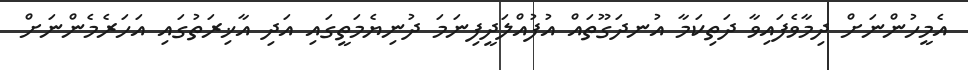
އެމީހުންނަށް ދިމާވެފައިވާ ދަތިކަމާ އުނދަގޫތައް އުފުއްލަދީފިނަމަ ދުނިޔެމަތީގައި އަދި އާޚިރަތުގައި އަހަރެމެންނަށް